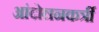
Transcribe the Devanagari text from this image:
आंदोलनकर्त्री